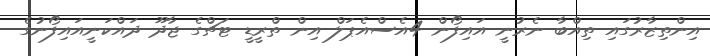
އިންތިޒާރުގައި ތިއްބާ ނެރުނީ އައިފޯން 4އެސްއެޕަލް އިން ތްރީޑީ ޓަޗްގެ ޖާދޫ ދައްކަނީއައިފޯނުގެ